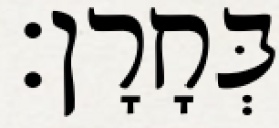
בְּחָרָן׃